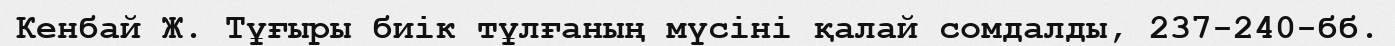
Кенбай Ж. Тұғыры биік тұлғаның мүсіні қалай сомдалды, 237-240-бб.